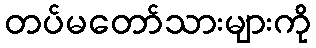
တပ်မတော်သားများကို